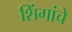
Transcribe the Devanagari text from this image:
शिंगांचे